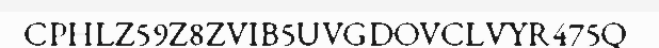
CPHLZ59Z8ZVIB5UVGDOVCLVYR475Q